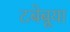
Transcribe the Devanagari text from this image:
टबेबूया